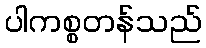
ပါကစ္စတန်သည်